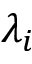
\lambda _ { i }